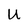
Character: U